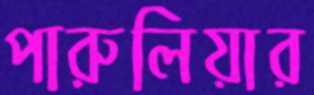
পারুলিয়ার